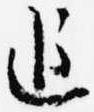
追